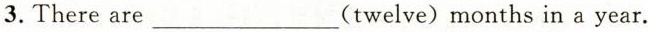
3. There are___(twelve)months in a year.